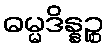
ဓမ္မဒိန္နဉ္စ